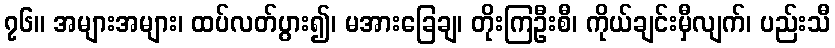
၇၆။ အများအများ၊ ထပ်လတ်ပွား၍၊ မအားခြေချ၊ တိုးကြဦးစီ၊ ကိုယ်ချင်းမှီလျက်၊ ပည်းသီ